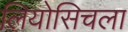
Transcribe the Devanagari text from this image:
लियोसिचला